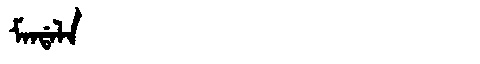
Manchu: ᠮᠠᠨᡩᠠᠯᠠ
Romanization: MANDALA